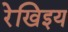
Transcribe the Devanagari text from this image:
रेखिइय